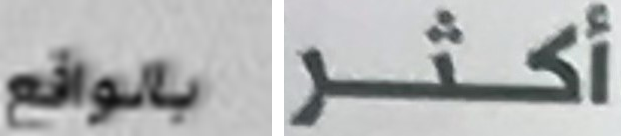
بالواقع أكثر